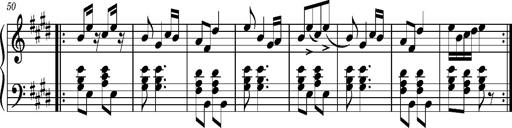
Title: Ungarischer Romanzero
Composer: Franz Liszt